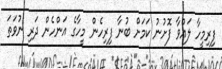
ފިރިމީހާ ލައްވާ ފޮށުނު ކަމަށް ބުނާ ފިރިހެން މީހާގެ އަންހެން ދަރި ނުވަތަ